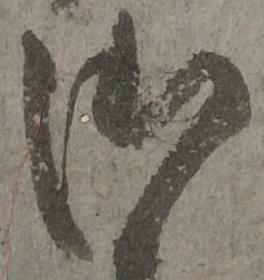
御